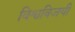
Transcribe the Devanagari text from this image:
विश्वविजयी